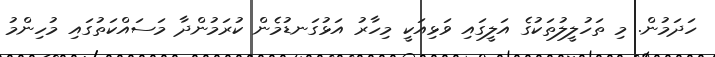
ހަދަމުން. މި ތަހުލީލުތަކުގެ އަލީގައި ވަޅިއަކީ މިހާރު އަޅުގަނޑުމެން ކުރަމުންދާ މަސައްކަތުގައި މުހިންމު